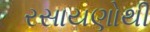
રસાયણોથી